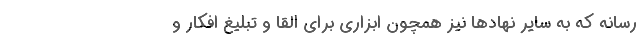
رسانه كه به سایر نهادها نیز همچون ابزاری برای القا و تبلیغ افكار و